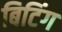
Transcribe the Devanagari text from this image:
बिटिंग